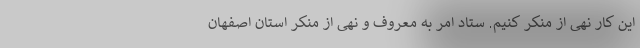
این کار نهی از منکر کنیم. ستاد امر به معروف و نهی از منکر استان اصفهان